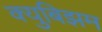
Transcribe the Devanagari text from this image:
क्युबिझम